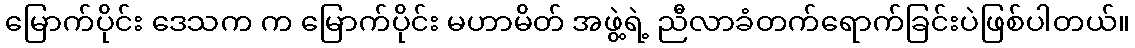
မြောက်ပိုင်း ဒေသက က မြောက်ပိုင်း မဟာမိတ် အဖွဲ့ရဲ့ ညီလာခံတက်ရောက်ခြင်းပဲဖြစ်ပါတယ်။